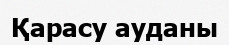
Қарасу ауданы